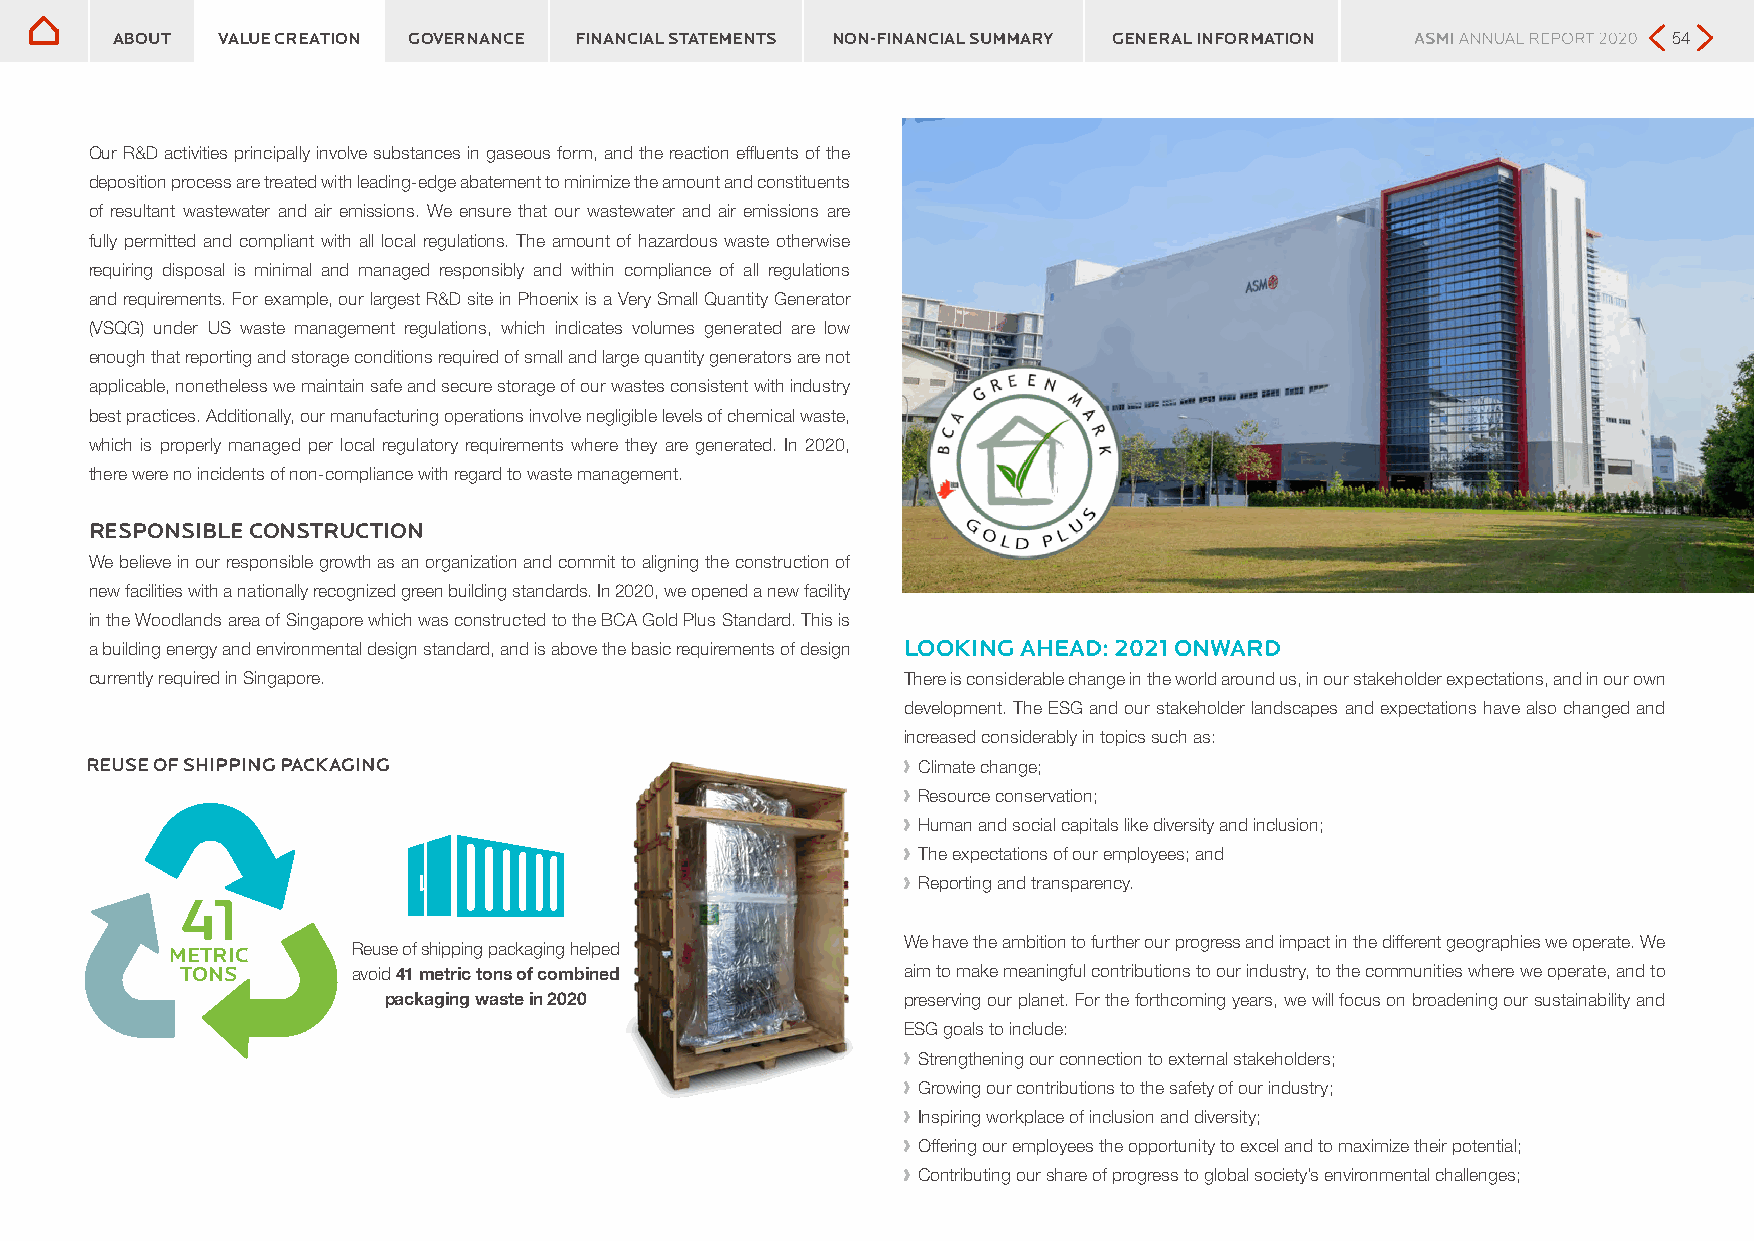
ABOUT  VALUE CREATION GOVERNANCE FINANCIAL STATEMENTS NON-FINANCIAL SUMMARY GENERAL INFORMATION         54
 Our R&D activities principally involve substances in gaseous form, and the reaction effluents of the
 deposition process are treated with leading-edge abatement to minimize the amount and constituents
 of resultant wastewater and air emissions. We ensure that our wastewater and air emissions are
 fully permitted and compliant with all local regulations. The amount of hazardous waste otherwise
 requiring disposal is minimal and managed responsibly and within compliance of all regulations
 and requirements. For example, our largest R&D site in Phoenix is a Very Small Quantity Generator
 (VSQG) under US waste management regulations, which indicates volumes generated are low
 enough that reporting and storage conditions required of small and large quantity generators are not
 applicable, nonetheless we maintain safe and secure storage of our wastes consistent with industry
 best practices. Additionally, our manufacturing operations involve negligible levels of chemical waste,
 which is properly managed per local regulatory requirements where they are generated. In 2020,
 there were no incidents of non-compliance with regard to waste management.
 RESPONSIBLE CONSTRUCTION
 We believe in our responsible growth as an organization and commit to aligning the construction of
 new facilities with a nationally recognized green building standards. In 2020, we opened a new facility
 in the Woodlands area of Singapore which was constructed to the BCA Gold Plus Standard. This is
 a building energy and environmental design standard, and is above the basic requirements of design LOOKING AHEAD: 2021 ONWARD
 currently required in Singapore.                      There is considerable change in the world around us, in our stakeholder expectations, and in our own
 development. The ESG and our stakeholder landscapes and expectations have also changed and
 increased considerably in topics such as:
 REUSE OF SHIPPING PACKAGING                           ›› Climate change;
 ›› Resource conservation;
 ›› Human and social capitals like diversity and inclusion;
 ›› The expectations of our employees; and
 ›› Reporting and transparency.
 41
 We have the ambition to further our progress and impact in the different geographies we operate. We
 METRIC      Reuse of shipping packaging helped
 TONS       avoid 41 metric tons of combined     aim to make meaningful contributions to our industry, to the communities where we operate, and to
 packaging waste in 2020            preserving our planet. For the forthcoming years, we will focus on broadening our sustainability and
 ESG goals to include:
 ›› Strengthening our connection to external stakeholders;
 ›› Growing our contributions to the safety of our industry;
 ›› Inspiring workplace of inclusion and diversity;
 ›› Offering our employees the opportunity to excel and to maximize their potential;
 ›› Contributing our share of progress to global society’s environmental challenges;